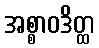
အစ္စာဝဒိတ္ထ